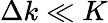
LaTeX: \Delta k\ll K